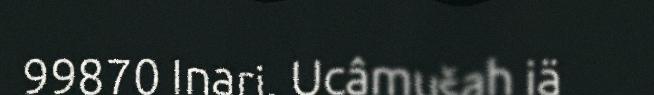
99870 Inari. Ucâmušah iä